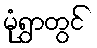
မုံရွာတွင်